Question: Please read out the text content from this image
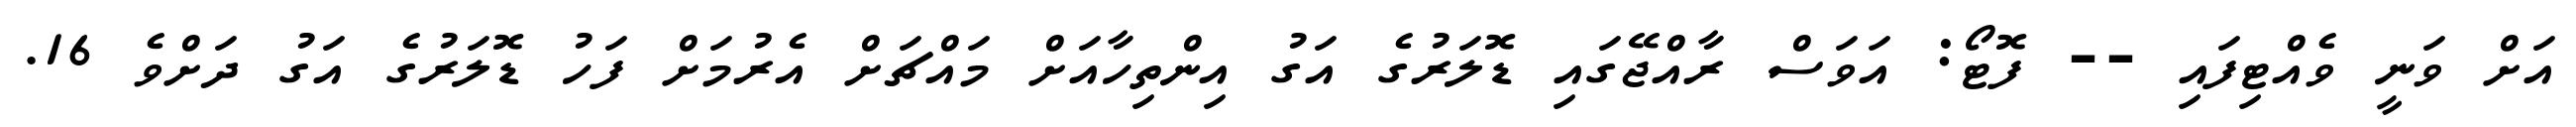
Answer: އަށް ވަނީ ވެއްޓިފައި -- ފޮޓޯ: އަވަސް ރާއްޖޭގައި ޑޮލަރުގެ އަގު އިންތިހާއަށް މައްޗަށް އެރުމަށް ފަހު ޑޮލަރުގެ އަގު ދަށްވެ 16.